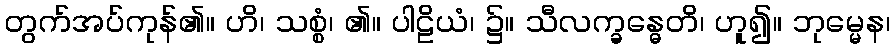
တွက်အပ်ကုန်၏။ ဟိ၊ သစ္စံ၊ ၏။ ပါဠိယံ၊ ၌။ သီလက္ခန္ဓေတိ၊ ဟူ၍။ ဘုမ္မေန၊